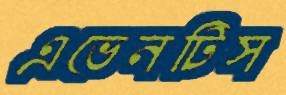
এভেনটিস